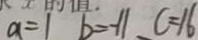
a = 1 b 1 = - 1 1 c = 1 6